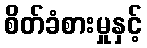
စိတ်ခံစားမှုနှင့်